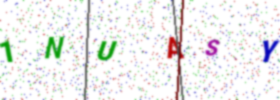
Text: 1NUASY